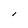
Character: l